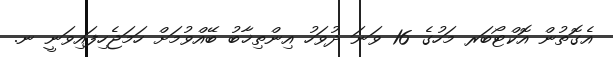
އެގޮތުން އޮކްޓޯބަރ މަހުގެ 16 ވަނަ ދުވަހު އިންތިޚާބު ބޭއްވުމަށް ހަމަޖެހިފައިވަނީ ނ.